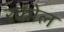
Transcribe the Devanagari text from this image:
रकोल